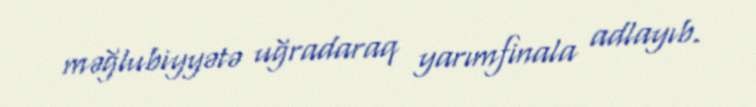
məğlubiyyətə uğradaraq yarımfinala adlayıb.